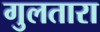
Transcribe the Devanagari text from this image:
गुलतारा